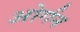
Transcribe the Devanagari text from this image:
ओर्गन